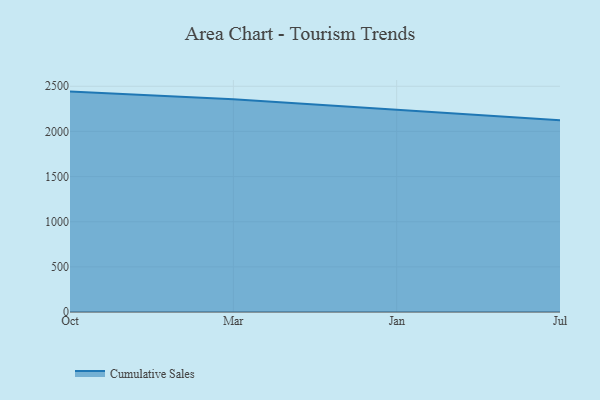
{"axis": {"x": "Month", "y": "Latency (ms)"}, "legend": ["Cumulative Sales"], "data": [{"x": "Oct", "y": 2441.1, "type": "Cumulative Sales"}, {"x": "Mar", "y": 2355.3, "type": "Cumulative Sales"}, {"x": "Jan", "y": 2241.1, "type": "Cumulative Sales"}, {"x": "Jul", "y": 2122.7, "type": "Cumulative Sales"}]}